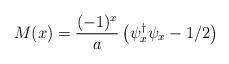
LaTeX: \begin{align*}M(x)=\frac{(-1)^x}{a}\left(\psi_x^{\dagger}\psi_x-1/2\right)\end{align*}